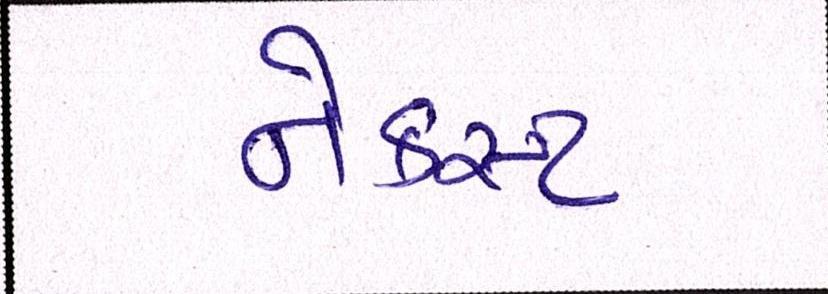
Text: નેક્સ્ટ